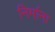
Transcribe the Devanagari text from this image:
निर्माना